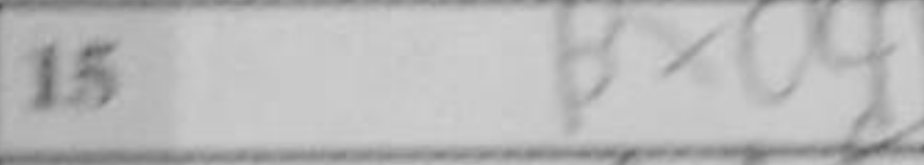
Transcription: Bxa4